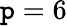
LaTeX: \mathtt{p}=6